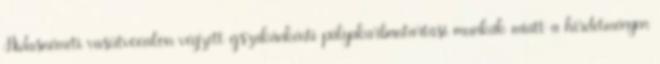
Hidasnémeti vasútvonalon végzett éjszakánkénti pályakarbantartási munkák miatt a hirdetményen